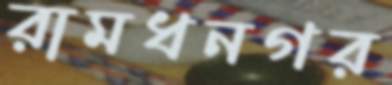
রামধনগর